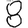
Digit: 8